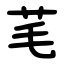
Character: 芼